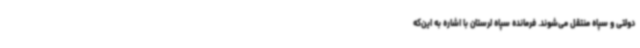
دولتی و سپاه منتقل می‌شوند. فرمانده سپاه لرستان با اشاره به این‌که